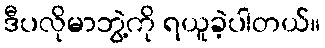
ဒီပလိုမာဘွဲ့ကို ရယူခဲ့ပါတယ်။